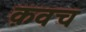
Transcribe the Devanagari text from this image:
क़वच